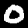
Label: 0